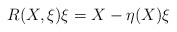
\begin{align*} R(X,\xi)\xi = X - \eta(X)\xi\end{align*}